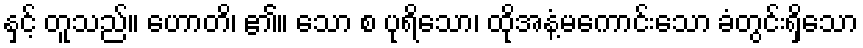
နှင့် တူသည်။ ဟောတိ၊ ၏။ သော စ ပုရိသော၊ ထိုအနံ့မကောင်းသော ခံတွင်းရှိသော